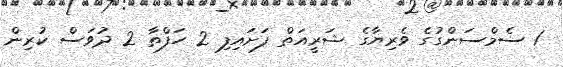
1 ސެމްސަންގުގެ ވެރިޔާގެ ޝަރީއަތް ފަށައިފި 2 ހަފްތާ 2 ދުވަސް ކުރިން